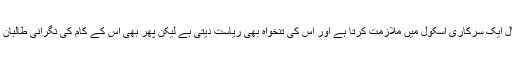
اگرچہ جمال ایک سرکاری اسکول میں ملازمت کرتا ہے اور اس کی تنخواہ بھی ریاست دیتی ہے لیکن پھر بھی اس کے کام کی نگرانی طالبان کرتے ہیں۔